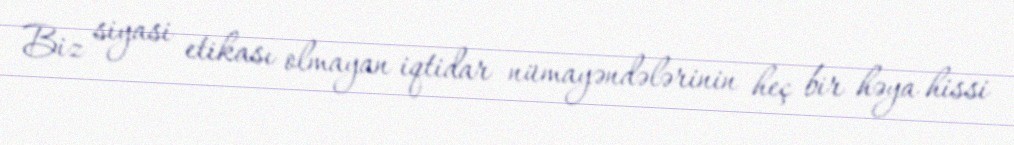
Biz siyasi etikası olmayan iqtidar nümayəndələrinin heç bir həya hissi